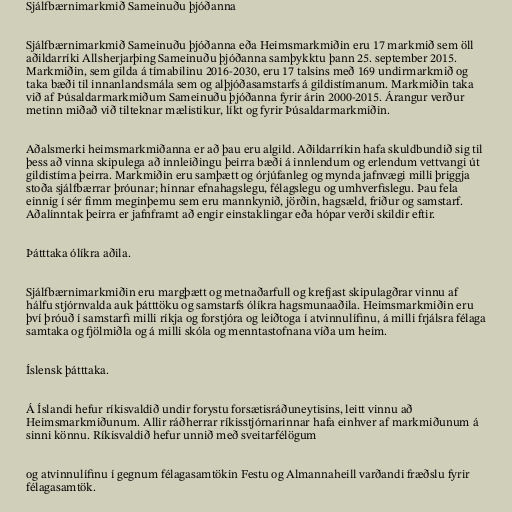
Sjálfbærnimarkmið Sameinuðu þjóðanna

Sjálfbærnimarkmið Sameinuðu þjóðanna eða Heimsmarkmiðin eru 17 markmið sem öll
aðildarríki Allsherjarþing Sameinuðu þjóðanna samþykktu þann 25. september 2015.
Markmiðin, sem gilda á tímabilinu 2016-2030, eru 17 talsins með 169 undirmarkmið og
taka bæði til innanlandsmála sem og alþjóðasamstarfs á gildistímanum. Markmiðin taka
við af Þúsaldarmarkmiðum Sameinuðu þjóðanna fyrir árin 2000-2015. Árangur verður
metinn miðað við tilteknar mælistikur, líkt og fyrir Þúsaldarmarkmiðin.

Aðalsmerki heimsmarkmiðanna er að þau eru algild. Aðildarríkin hafa skuldbundið sig til
þess að vinna skipulega að innleiðingu þeirra bæði á innlendum og erlendum vettvangi út
gildistíma þeirra. Markmiðin eru samþætt og órjúfanleg og mynda jafnvægi milli þriggja
stoða sjálfbærrar þróunar; hinnar efnahagslegu, félagslegu og umhverfislegu. Þau fela
einnig í sér fimm meginþemu sem eru mannkynið, jörðin, hagsæld, friður og samstarf.
Aðalinntak þeirra er jafnframt að engir einstaklingar eða hópar verði skildir eftir.

Þátttaka ólíkra aðila.

Sjálfbærnimarkmiðin eru margþætt og metnaðarfull og krefjast skipulagðrar vinnu af
hálfu stjórnvalda auk þátttöku og samstarfs ólíkra hagsmunaaðila. Heimsmarkmiðin eru
því þróuð í samstarfi milli ríkja og forstjóra og leiðtoga í atvinnulífinu, á milli frjálsra félaga
samtaka og fjölmiðla og á milli skóla og menntastofnana víða um heim.

Íslensk þátttaka.

Á Íslandi hefur ríkisvaldið undir forystu forsætisráðuneytisins, leitt vinnu að
Heimsmarkmiðunum. Allir ráðherrar ríkisstjórnarinnar hafa einhver af markmiðunum á
sinni könnu. Ríkisvaldið hefur unnið með sveitarfélögum

og atvinnulífinu í gegnum félagasamtökin Festu og Almannaheill varðandi fræðslu fyrir
félagasamtök.